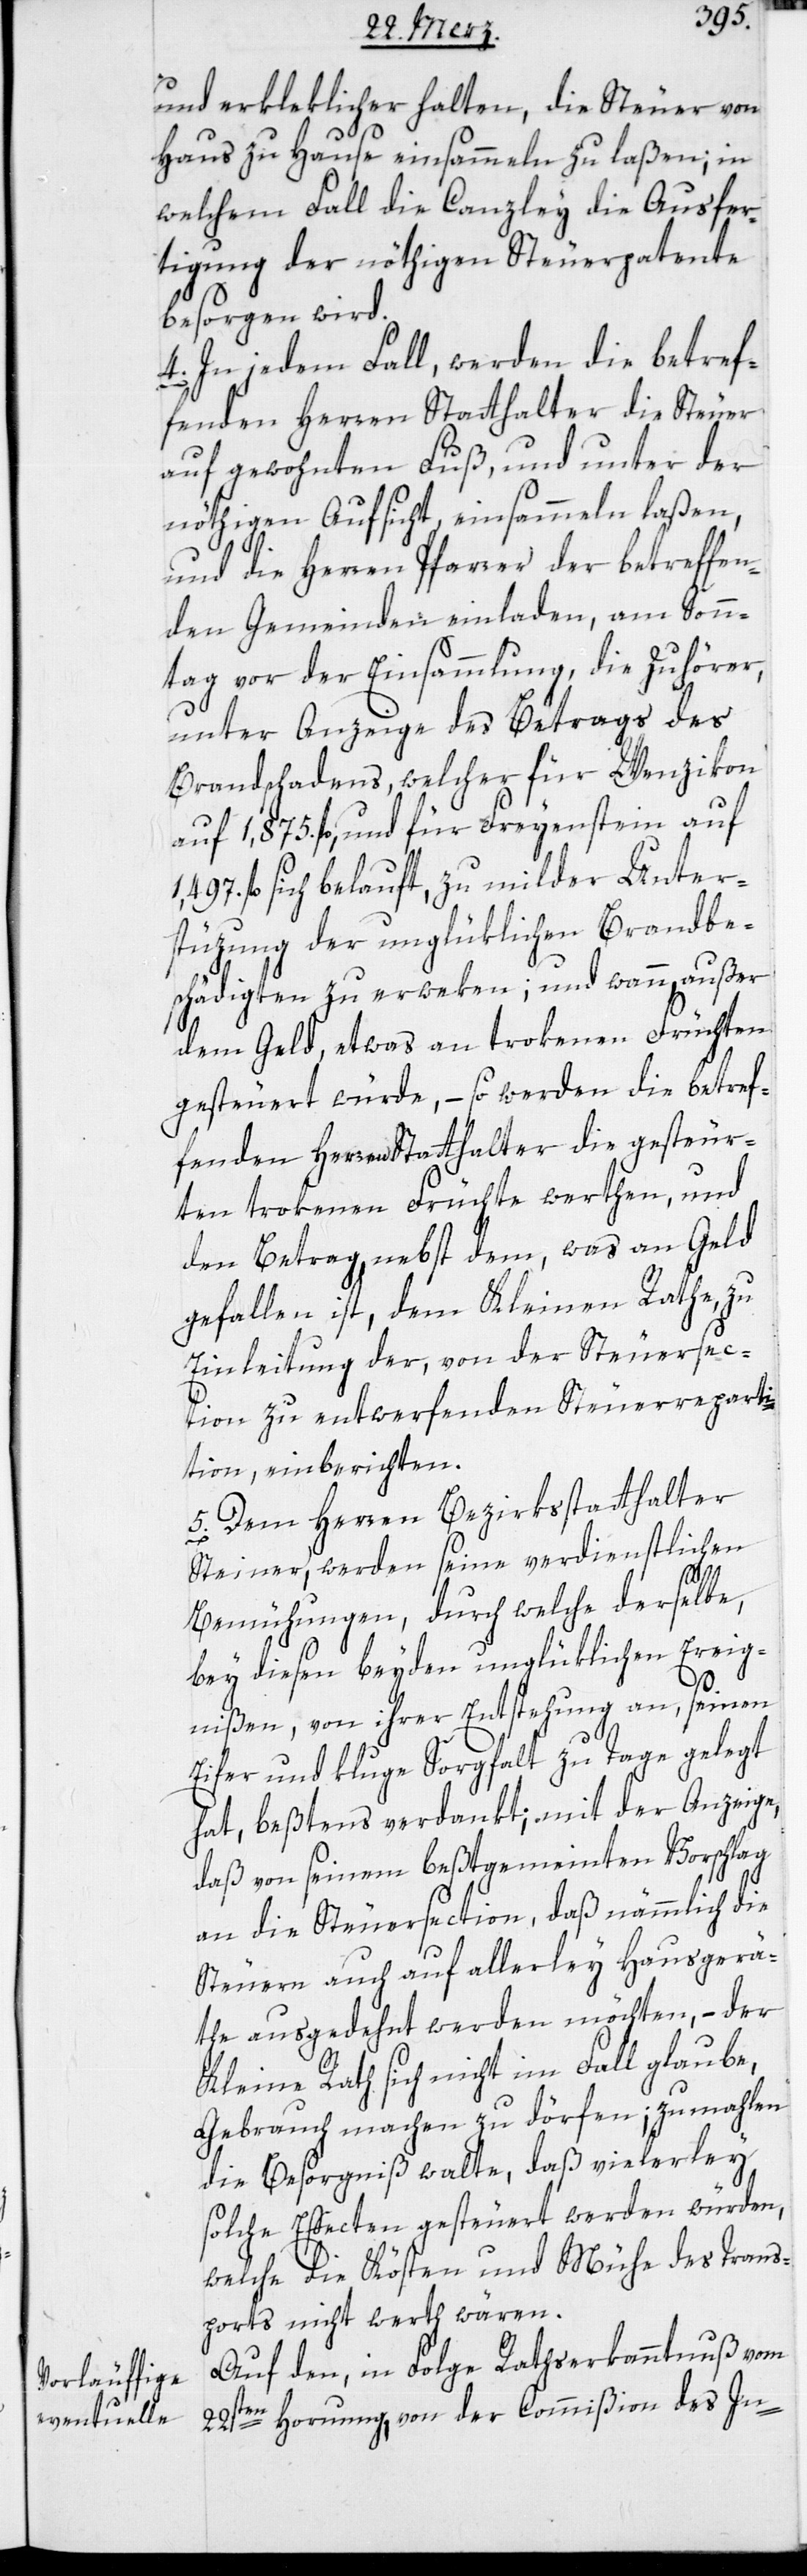
und erkleklicher halten, die Steuer von
Haus zu Hause einsammeln zu laßen, in
welchem Fall die Canzley die Ausfer¬
tigung der nöthigen Steuerpatente
besorgen wird.
4. In jedem Fall, werden die betref¬
fenden Herren Statthalter die Steuer
auf gewohnten Fuß, und unter der
nöthigen Aufsicht einsammeln laßen,
und die Herren Pfarrer der betreffen¬
den Gemeinden einladen, am Son¬
ntag vor der Einsammlung, die Zuhörer,
unter Anzeige des Betrags des
Brandschadens, welcher für Wenzikon
auf 1,875. fl. und für Freyenstein auf
fl. sich belauft, zu milder Unter¬
stüzung der unglüklichen Brandbe¬
schädigten zu erweken; und wann außer
dem Geld, etwas an trokenen Früchten
gesteuert würde, – so werden die betref¬
fenden Herren Statthalter die gesteuer¬
ten trokenen Früchte werthen und
den Betrag, nebst dem, was an Geld
gefallen ist, dem Kleinen Rathe zu
Einleitung der, von der Steuersec¬
tion zu entwerfenden Steuerreparti¬
tion einberichten.
5. Dem Herren Bezirksstatthalter
Steiner, werden seine verdienstlichen
Bemühungen, durch welche derselbe,
bey diesen beyden unglüklichen Ereig¬
nißen, von ihrer Entstehung an, seinen
Eifer und kluge Sorgfalt zu Tage gelegt
hat, beßtens verdankt; mit der Anzeige,
daß von seinem beßtgemeinten Vorschlag
an die Steuersection, daß nämmlich die
Steuern auch auf allerley Hausgerä¬
the ausgedehnt werden möchten, – der
Kleine Rath sich nicht im Fall glaube,
Gebrauch machen zu dörfen, zumahlen
die Besorgniß walte, daß vielerley
solche Effecten gesteuert werden würden,
welche die Kösten und Mühe des Trans¬
ports nicht werth wären.
Auf den, in Folge Rathserkanntnuß vom
22sten Hornung, von der Commißion des In-